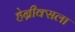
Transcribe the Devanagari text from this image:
हेन्रीक्सला